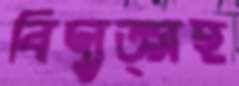
বিদ্যুত্সহ